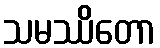
သမဿိတော